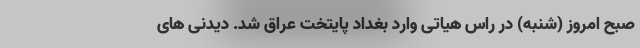
صبح امروز (شنبه) در راس هیاتی وارد بغداد پایتخت عراق شد. دیدنی های